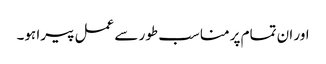
اور ان تمام پر مناسب طور سے عمل پیرا ہو۔